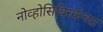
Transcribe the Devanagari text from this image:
नोव्होसिबिर्स्कच्या